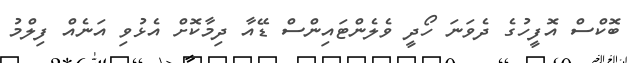
ބޮކްސް އޮފީހުގެ ދެވަނަ ހޯދީ ވެލެންޓައިންސް ޑޭއާ ދިމާކޮށް އެޅުވި އަނެއް ފިލްމު